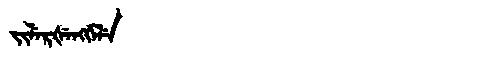
Manchu: ᠵᡳᠯᡝᡵᡧᡝᠩᡤᡝᠯᡝ
Romanization: JILERŠENGGELE